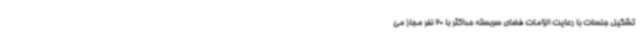
تشکیل جلسات با رعایت الزامات فضای سربسته حداکثر با 20 نفر مجاز می